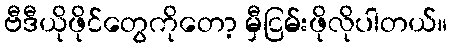
ဗီဒီယိုဖိုင်တွေကိုတော့ မှီငြမ်းဖိုလိုပါတယ်။